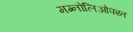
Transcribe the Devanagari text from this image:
मग्नोलिओफ्य्त